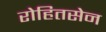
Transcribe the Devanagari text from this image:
रोहितसेन